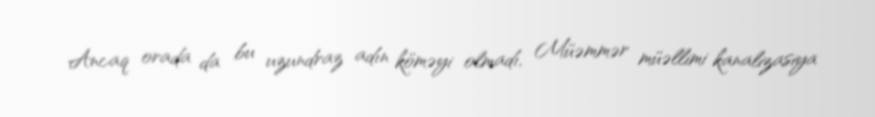
Ancaq orada da bu uzundraz adın köməyi olmadı, Müəmmər müəllimi kanalizasiya